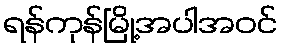
ရန်ကုန်မြို့အပါအဝင်